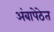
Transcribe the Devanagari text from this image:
अंबापेठेत